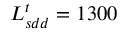
L _ { s d d } ^ { t } = 1 3 0 0